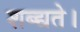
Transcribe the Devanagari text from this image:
शब्द्यते।